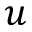
u